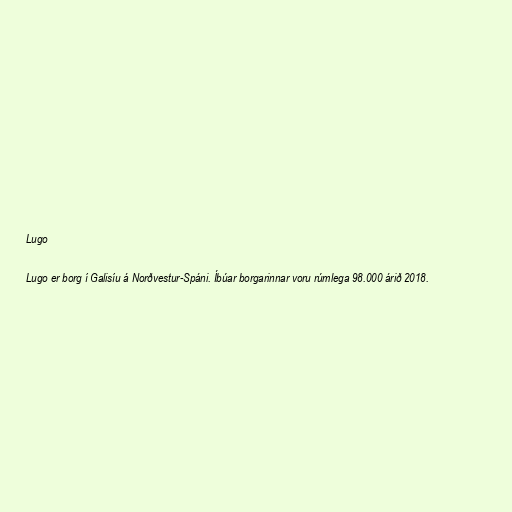
Lugo

Lugo er borg í Galisíu á Norðvestur-Spáni. Íbúar borgarinnar voru rúmlega 98.000 árið 2018.